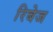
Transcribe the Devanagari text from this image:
रिबेज